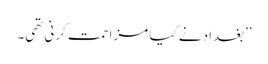
’’بغداد نے کیا مزاحمت کرنی تھی۔